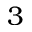
3